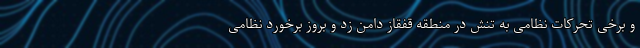
و برخی تحرکات نظامی به تنش در منطقه قفقاز دامن زد و بروز برخورد نظامی